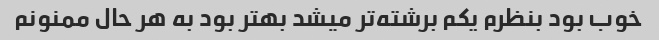
خوب بود بنظرم یکم برشته‌تر میشد بهتر بود به هر حال ممنونم